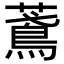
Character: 𦿂